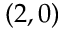
( 2 , 0 )